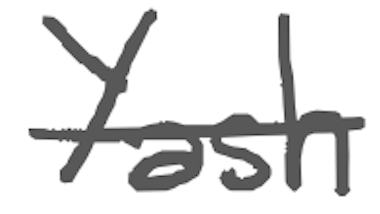
Text: Yash
Cross-out: single-line
Writing tool: digital_gray